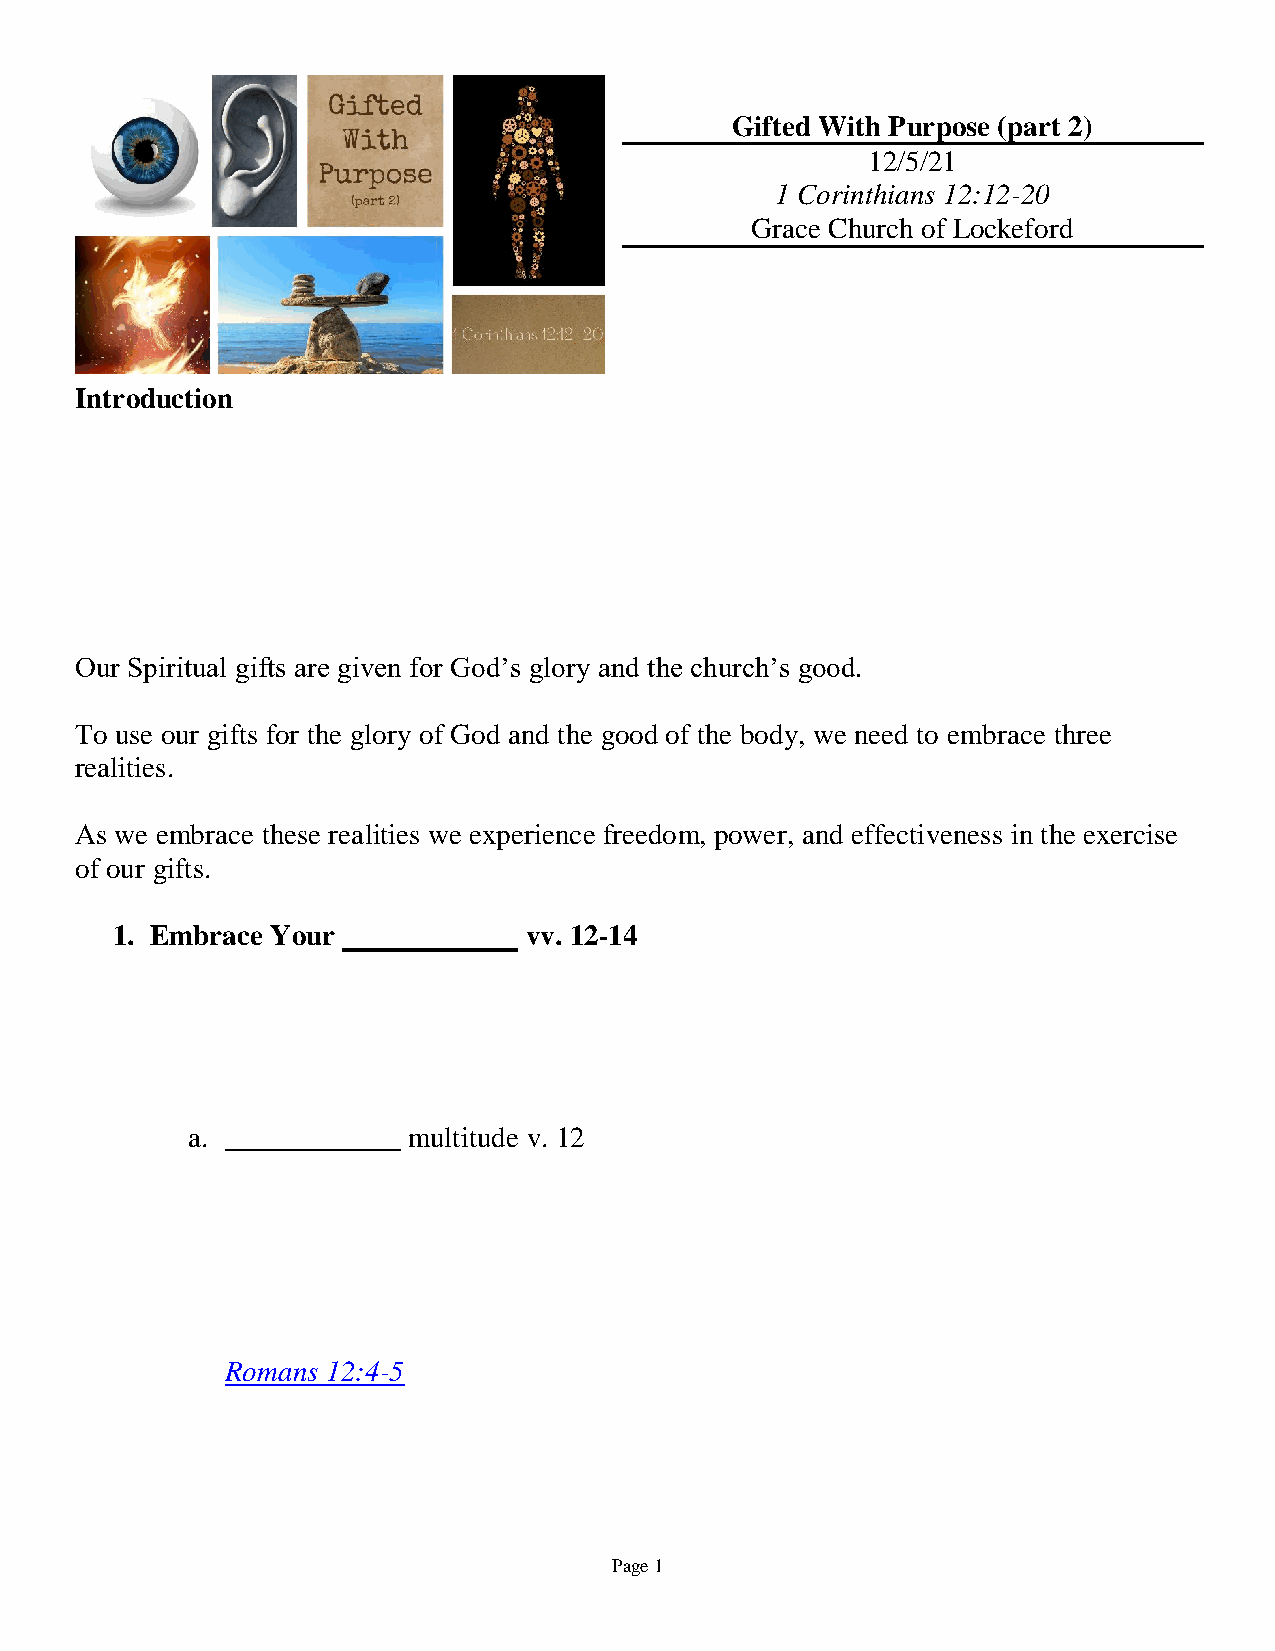
Gifted With Purpose (part 2)
 12/5/21
 1 Corinthians 12:12-20
 Grace Church of Lockeford
 Introduction
 Our Spiritual gifts are given for God’s glory and the church’s good.
 To use our gifts for the glory of God and the good of the body, we need to embrace three
 realities.
 As we embrace these realities we experience freedom, power, and effectiveness in the exercise
 of our gifts.
 1. Embrace Your             vv. 12-14
 a.             multitude v. 12
 Romans 12:4-5
 Page 1